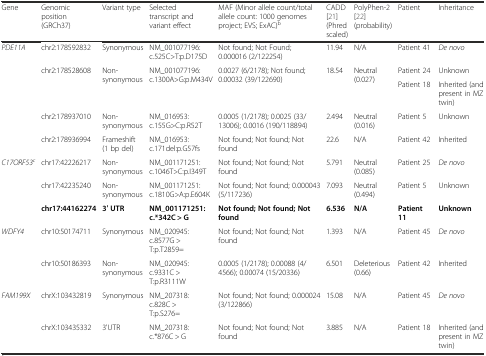
<table><thead><tr><td><b>Gene</b></td><td><b>Genomic position (GRCh37)</b></td><td><b>Variant type</b></td><td><b>Selected transcript and variant effect</b></td><td><b>MAF (Minor allele count/total allele count: 1000 genomes project; EVS; ExAC)<sup>b</sup></b></td><td><b>CADD [21] (Phred scaled)</b></td><td><b>PolyPhen-2 [22] (probability)</b></td><td><b>Patient</b></td><td><b>Inheritance</b></td></tr></thead><tbody><tr><td rowspan="5"><i>PDE11A</i></td><td>chr2:178592832</td><td>Synonymous</td><td>NM_001077196: c.525C&gt;T:p.D175D</td><td>Not found; Not Found; 0.000016 (2/122254)</td><td>11.94</td><td>N/A</td><td>Patient 41</td><td><i>De novo</i></td></tr><tr><td rowspan="2">chr2:178528608</td><td rowspan="2">Non-synonymous</td><td rowspan="2">NM_001077196: c.1300A&gt;G:p.M434V</td><td rowspan="2">0.0027 (6/2178); Not found; 0.00032 (39/122690)</td><td rowspan="2">18.54</td><td rowspan="2">Neutral (0.027)</td><td>Patient 24</td><td>Unknown</td></tr><tr><td>Patient 18</td><td>Inherited (and present in MZ twin)</td></tr><tr><td>chr2:178937010</td><td>Non-synonymous</td><td>NM_016953: c.155G&gt;C:p.R52T</td><td>0.0005 (1/2178); 0.0025 (33/13006); 0.0016 (190/118894)</td><td>2.494</td><td>Neutral (0.016)</td><td>Patient 5</td><td>Unknown</td></tr><tr><td>chr2:178936994</td><td>Frameshift (1 bp del)</td><td>NM_016953: c.171del:p.G57fs</td><td>Not found; Not found; Not found</td><td>22.6</td><td>N/A</td><td>Patient 42</td><td>Inherited</td></tr><tr><td rowspan="3"><i>C17ORF53</i><sup><i>c</i></sup></td><td>chr17:42226217</td><td>Non-synonymous</td><td>NM_001171251: c.1046T&gt;C:p.I349T</td><td>Not found; Not found; Not found</td><td>5.791</td><td>Neutral (0.085)</td><td>Patient 25</td><td><i>De novo</i></td></tr><tr><td>chr17:42235240</td><td>Non-synonymous</td><td>NM_001171251: c.1810G&gt;A:p.E604K</td><td>Not found; Not found; 0.000043 (5/117236)</td><td>7.093</td><td>Neutral (0.494)</td><td>Patient 5</td><td>Unknown</td></tr><tr><td><b>chr17:44162274</b></td><td><b>3′ UTR</b></td><td><b>NM_001171251: c.*342C &gt; G</b></td><td><b>Not found; Not found; Not found</b></td><td><b>6.536</b></td><td><b>N/A</b></td><td><b>Patient 11</b></td><td><b>Unknown</b></td></tr><tr><td><i>WDFY4</i></td><td>chr10:50174711</td><td>Synonymous</td><td>NM_020945: c.8577G &gt; T:p.T2859=</td><td>Not found; Not found; Not found</td><td>1.393</td><td>N/A</td><td>Patient 45</td><td><i>De novo</i></td></tr><tr><td></td><td>chr10:50186393</td><td>Non-synonymous</td><td>NM_020945: c.9331C &gt; T:p.R3111W</td><td>0.0005 (1/2178); 0.00088 (4/4566); 0.00074 (15/20336)</td><td>6.501</td><td>Deleterious (0.66)</td><td>Patient 42</td><td>Inherited</td></tr><tr><td rowspan="2"><i>FAM199X</i></td><td>chrX:103432819</td><td>Synonymous</td><td>NM_207318: c.828C &gt; T:p.S276=</td><td>Not found; Not found; 0.000024 (3/122866)</td><td>15.08</td><td>N/A</td><td>Patient 45</td><td><i>De novo</i></td></tr><tr><td>chrX:103435332</td><td>3&#x27;UTR</td><td>NM_207318: c.*876C &gt; G</td><td>Not found; Not found; Not found</td><td>3.885</td><td>N/A</td><td>Patient 18</td><td>Inherited (and present in MZ twin)</td></tr></tbody></table>